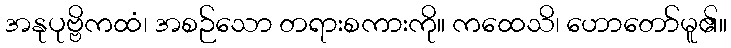
အနုပုဗ္ဗိကထံ၊ အစဉ်သော တရားစကားကို။ ကထေသိ၊ ဟောတော်မူ၏။